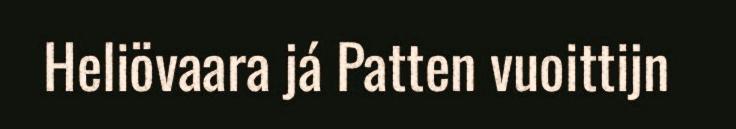
Heliövaara já Patten vuoittijn